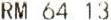
RM 64.13